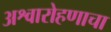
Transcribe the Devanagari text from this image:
अश्वारोहणाचा